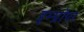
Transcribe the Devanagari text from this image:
इम्प्रॉपर